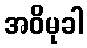
အဝိမုခါ